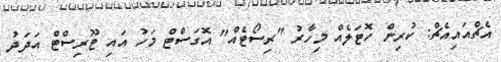
އެޗްއައިއެޗް: ކުރިން ހޮޓަލެއް މިހާރު "ރިސޯޓެއް" އޮގަސްޓް މަހު އައި ޓޫރިސްޓް އަދަދު